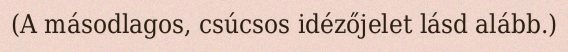
(A másodlagos, csúcsos idézőjelet lásd alább.)